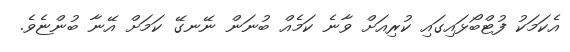
އެކަމަކު ފުޓްބޯޅައިގައި ކުރިއަށް ވާނެ ކަމެއް ބުނަން ނޭނގޭ ކަމަށް އޭނާ ބުންޏެވެ.